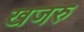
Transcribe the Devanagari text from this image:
खजरु